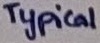
Text: Typical